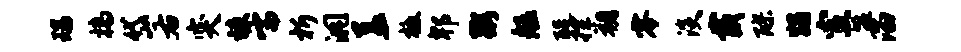
瑞槁岱右突竦嚅析洞盖檄郫粥艋醍控朔零淡戴醪蠲室盟溜